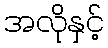
အလိုနှင့်